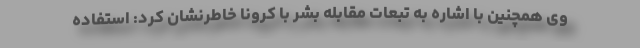
وی همچنین با اشاره به تبعات مقابله بشر با کرونا خاطرنشان کرد: استفاده